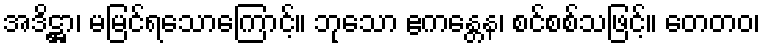
အဒိဋ္ဌာ၊ မမြင်ရသောကြောင့်။ ဘုသော ဧကန္တေန၊ စင်စစ်သဖြင့်။ တေတဝ၊